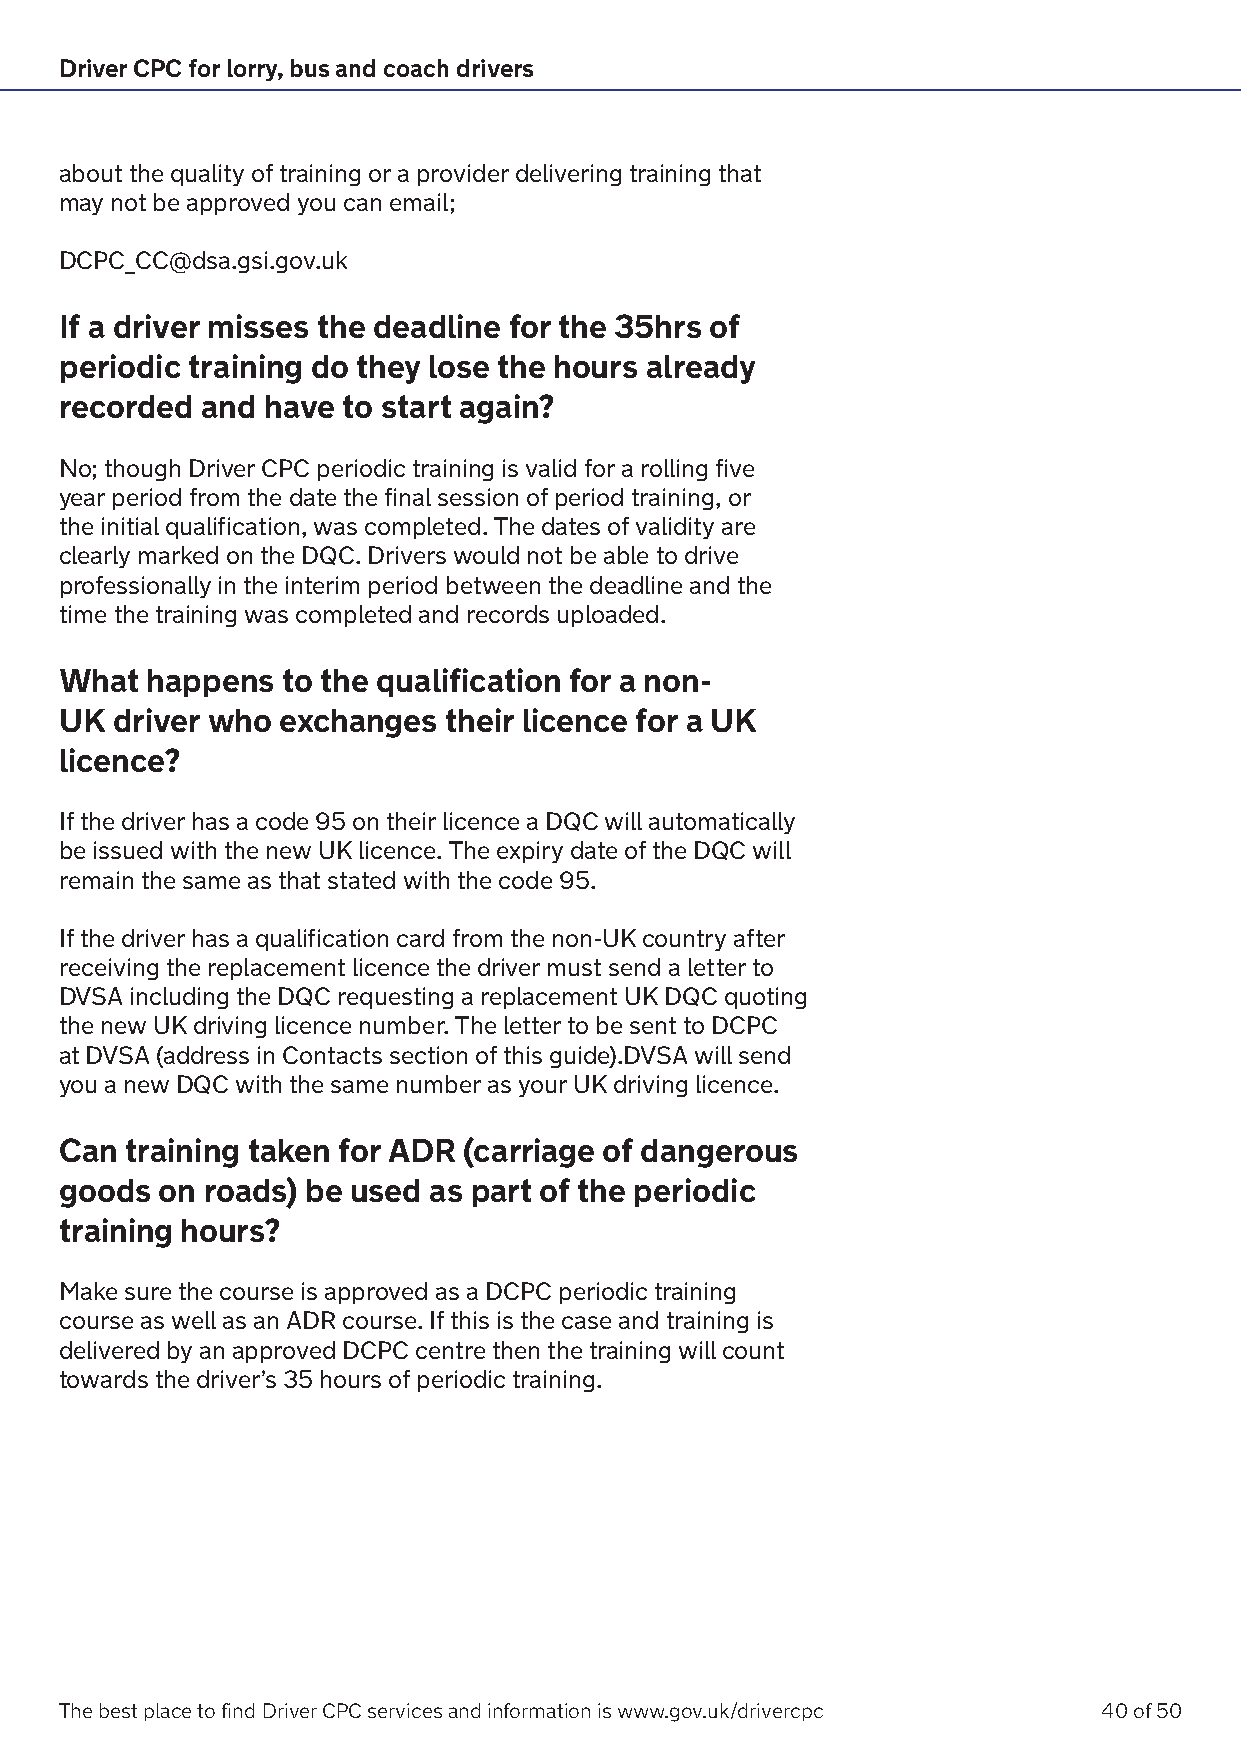
Driver CPC for lorry, bus and coach drivers
 about the quality of training or a provider delivering training that
 may not be approved you can email;
 DCPC_CC@dsa.gsi.gov.uk
 If a driver misses the deadline for the 35hrs of
 periodic training do they lose the hours already
 recorded and  have to start again?
 No; though Driver CPC periodic training is valid for a rolling five
 year period from the date the final session of period training, or
 the initial qualification, was completed. The dates of validity are
 clearly marked on the DQC. Drivers would not be able to drive
 professionally in the interim period between the deadline and the
 time the training was completed and records uploaded.
 What  happens  to the qualification for a non-
 UK driver who exchanges  their licence for a UK
 licence?
 If the driver has a code 95 on their licence a DQC will automatically
 be issued with the new UK licence. The expiry date of the DQC will
 remain the same as that stated with the code 95.
 If the driver has a qualification card from the non-UK country after
 receiving the replacement licence the driver must send a letter to
 DVSA including the DQC requesting a replacement UK DQC quoting
 the new UK driving licence number. The letter to be sent to DCPC
 at DVSA (address in Contacts section of this guide).DVSA will send
 you a new DQC with the same number as your UK driving licence.
 Can training taken for ADR (carriage of dangerous
 goods  on roads) be used as part of the periodic
 training hours?
 Make sure the course is approved as a DCPC periodic training
 course as well as an ADR course. If this is the case and training is
 delivered by an approved DCPC centre then the training will count
 towards the driver’s 35 hours of periodic training.
 The best place to find Driver CPC services and information is www.gov.uk/drivercpc 40 of 50